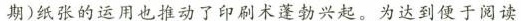
期)纸张的运用也推动了印刷术蓬勃兴起。为达到便于阅读